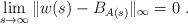
LaTeX: \begin{align*}\lim_{s\to\infty} \| w(s) - B_{A(s)}\|_\infty = 0\ . \end{align*}